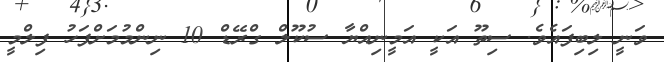
ވަނީ ލިބިފައެވެ. ސިތޫ އަކީ އަމީނިއްޔާ ސުކޫލް ގްރޭޑް 10 ނިންމުމަށްފަހު ފިލްމީ